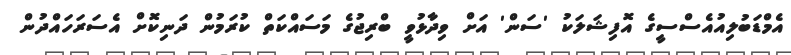
އެމްޑަބުލިއުއެސްސީގެ އޮފިޝަލަކު 'ސަން' އަށް ވިދާޅުވީ ބްރިޖުގެ މަސައްކަތް ކުރަމުން ދަނިކޮށް އެސަރަހައްދުން